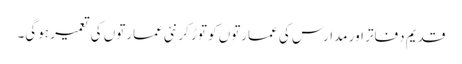
قدیم دفاتر اور مدارس کی عمارتوں کو توڑ کر نئی عمارتوں کی تعمیر ہوگی۔